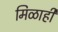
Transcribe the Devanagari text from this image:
मिळाही